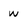
Character: w